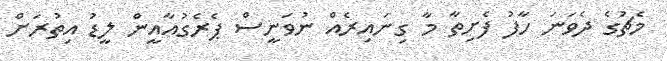
މެޗުގެ ދެވަނަ ހާފު ފެށިތާ މާ ގިނައިރެއް ނުވަނީސް ޕެރެގުއާއީން ލީޑު އިތުރަށް